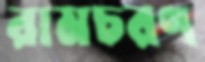
রামচরণ